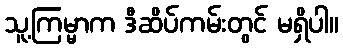
သူ့ကြမ္မာက ဒီဆိပ်ကမ်းတွင် မရှိပါ။